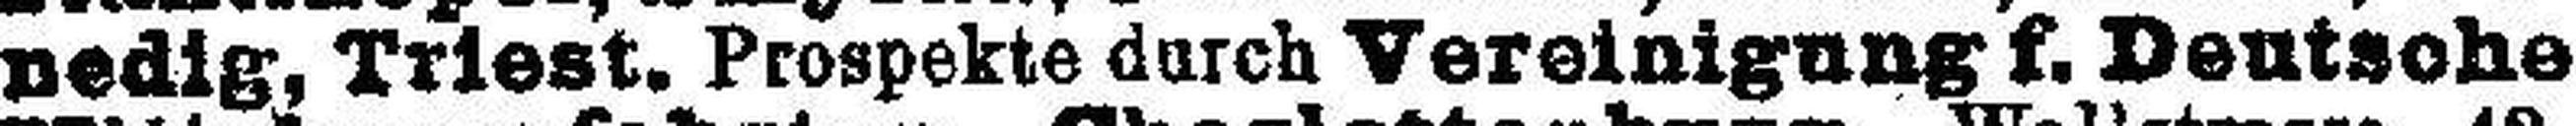
nedig, Triest. Prospekte durch Vereinigung f. Deutsche